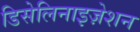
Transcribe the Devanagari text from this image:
डिसेलिनाइज़ेशन